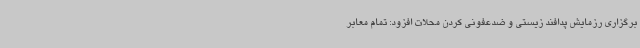
برگزاری رزمایش پدافند زیستی و ضدعفونی کردن محلات افزود:‌ تمام معابر